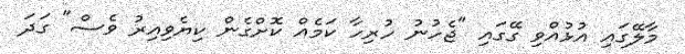
މާލޭގައި އުޅުއްވި ގޭގައި "ޖެހުނު ހުރިހާ ކަމެއް ކޮށްގެން ކިޔެވިއިރު ވެސް" ގަދަ